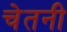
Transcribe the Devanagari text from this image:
चेतनी